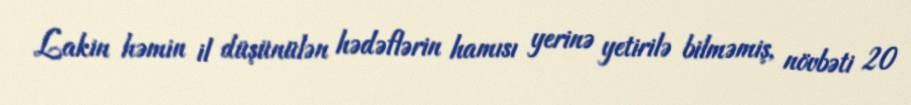
Lakin həmin il düşünülən hədəflərin hamısı yerinə yetirilə bilməmiş, növbəti 20